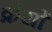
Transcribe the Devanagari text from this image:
क्रेयों